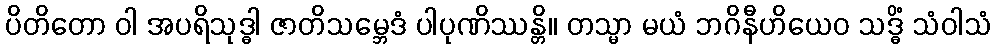
ပိတိတော ဝါ အပရိသုဒ္ဓါ ဇာတိသမ္ဘေဒံ ပါပုဏိဿန္တိ။ တသ္မာ မယံ ဘဂိနီဟိယေဝ သဒ္ဓိံ သံဝါသံ